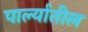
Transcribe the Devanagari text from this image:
पार्ल्यातील